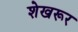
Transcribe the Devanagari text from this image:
शेखरूर